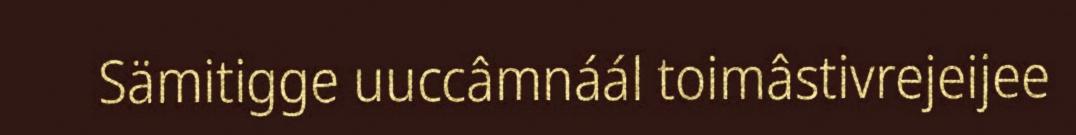
Sämitigge uuccâmnáál toimâstivrejeijee